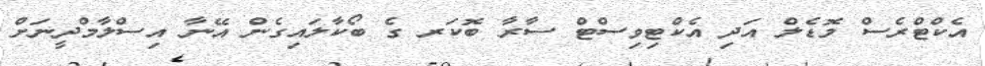
އެކްޓްރެސް މޮޑެލް އަދި އެކްޓިވިސްޓް ސާރާ ބޮކަރ ގެ ބޯކާލައިގެން އޭނާ އިސްލާމްދީނަށް